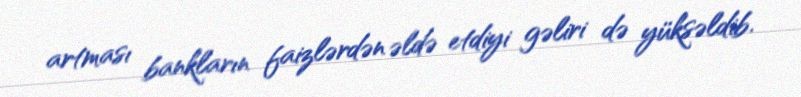
artması bankların faizlərdən əldə etdiyi gəliri də yüksəldib.